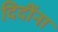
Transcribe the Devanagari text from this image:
दिदींना